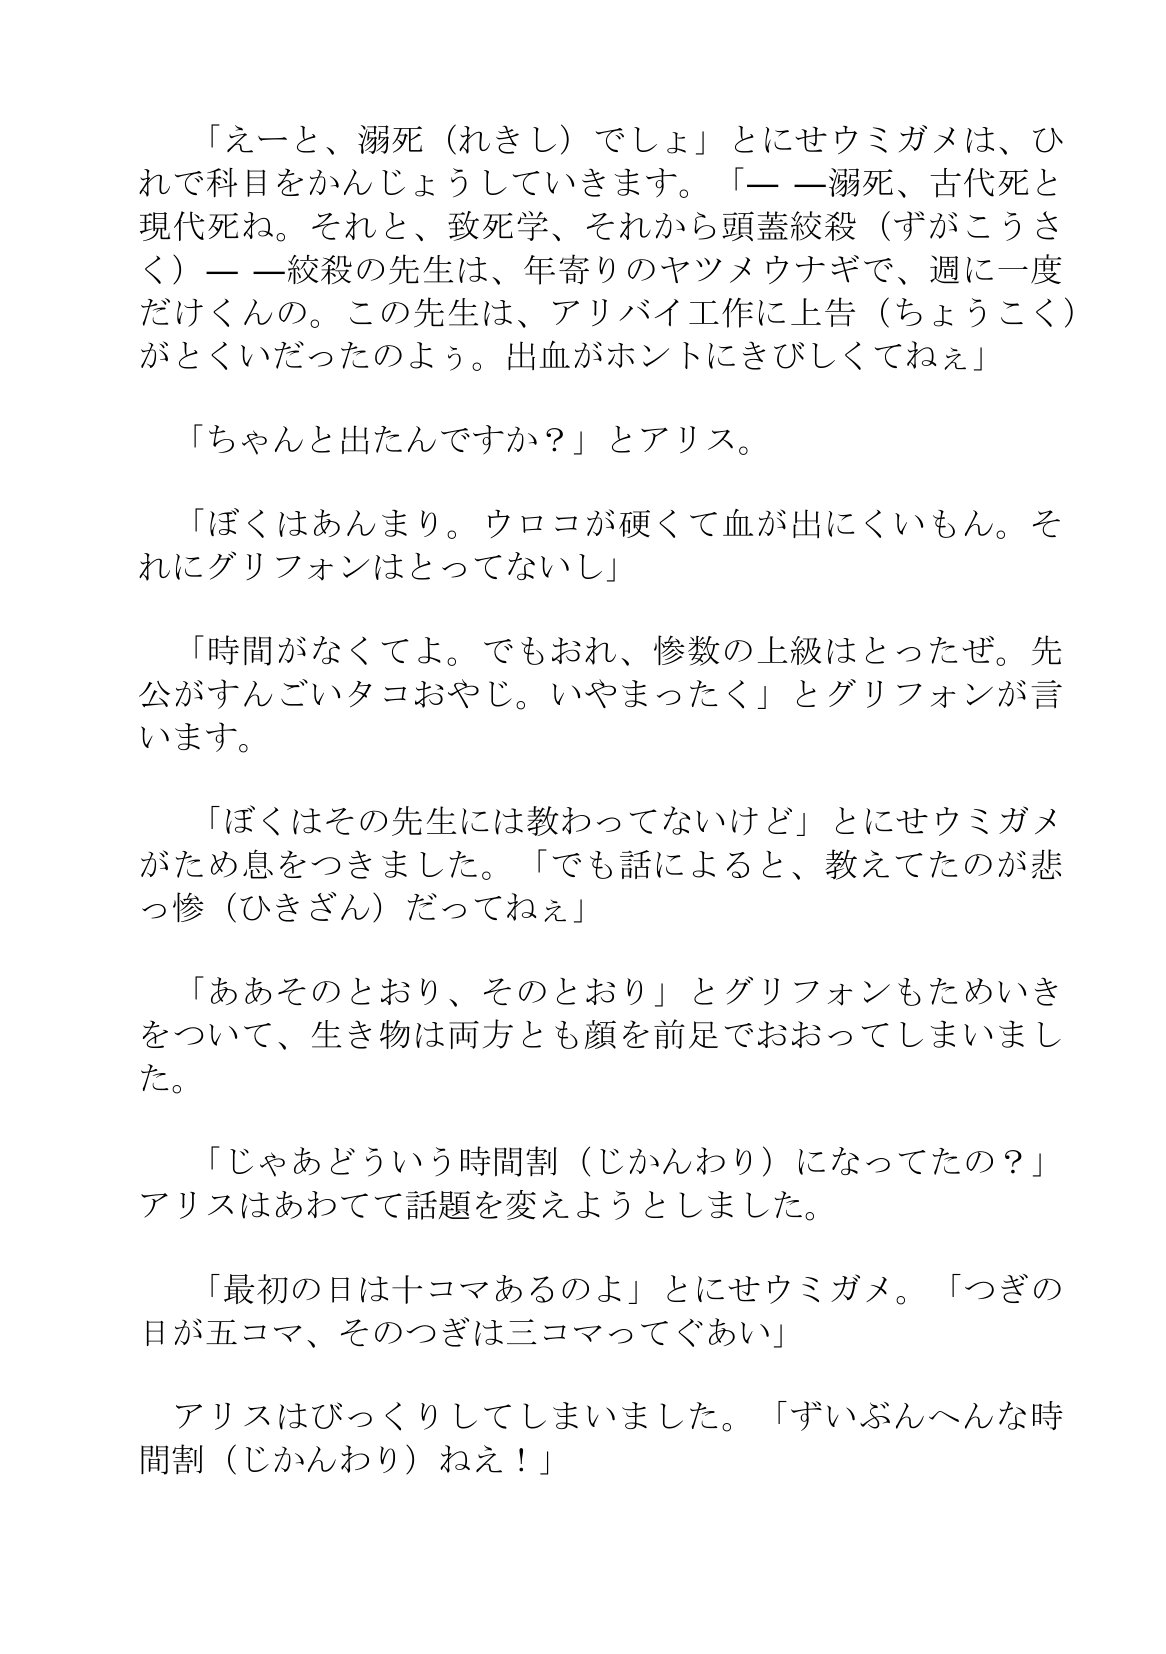
Language: ja